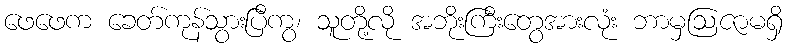
ဖေဖေက ခေတ်ကုန်သွားပြီကွ၊ သူတို့လို အဘိုးကြီးတွေအားလုံး ဘာမှဩဇာမရှိ